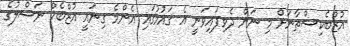
އުޒްބެކިސްތާނަށް މި ނަން ދެވިފައިވަނީ އެ ޤައުމުގައި އެންމެ ގިނައީ އުޒްބެކް ނަސްލުގެ